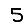
Digit: 5